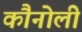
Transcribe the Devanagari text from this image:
कौनोली